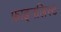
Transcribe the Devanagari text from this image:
फ़ाइनलिस्ट